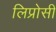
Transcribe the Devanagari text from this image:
लिप्रोसी